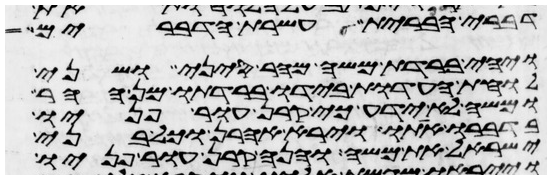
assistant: דברי הברית עשרת הדברים
ויהי ברדת משה מהר סיני ושני
לוחת העדות בידו ברדתו מן ההר
ומשה לא ידע כי קרן עור פניו
בדברו אתו וירא אהרן וכל בני
ישראל את משה והנה קרן עור פניו